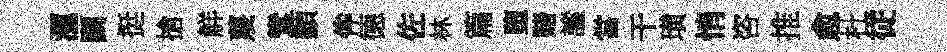
滙鬬挺搶觧蔑鸞纇侔德佐林篇堕赌謐當干璜悄咨推愈杜従